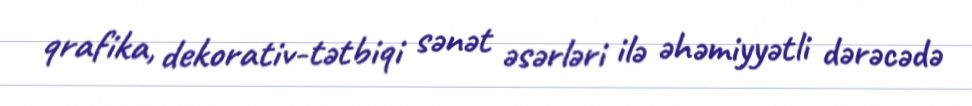
qrafika, dekorativ-tətbiqi sənət əsərləri ilə əhəmiyyətli dərəcədə